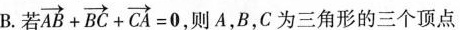
B.若 $$\overrightarrow { A B } + \overrightarrow { B C } + \overrightarrow { C A } = 0$$,则A，B，C为三角形的三个顶点